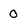
Character: 0